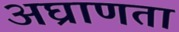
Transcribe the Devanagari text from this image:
अघ्राणता